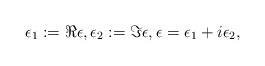
\begin{align*}\epsilon_{1}:=\Re \epsilon, \epsilon_{2}:=\Im \epsilon, \epsilon=\epsilon_{1}+i\epsilon_{2},\end{align*}